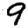
Digit: 9